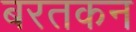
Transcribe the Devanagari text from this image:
बरतकन